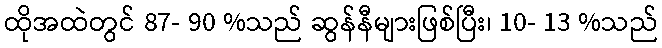
ထိုအထဲတွင် 87- 90 %သည် ဆွန်နီများဖြစ်ပြီး၊ 10- 13 %သည်